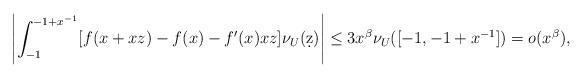
LaTeX: \begin{align*}\left| \int_{-1}^{-1+x^{-1}} [ f(x + x z) - f(x) - f'(x) x z] \nu_U (\d z) \right|\leq 3 x^\beta \nu_U ([-1, -1+x^{-1}]) = o(x^{\beta}),\end{align*}